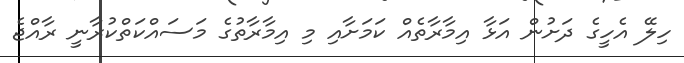
ހިލޭ އެހީގެ ދަށުން އަޅާ އިމާރާތެއް ކަމަށާއި މި އިމާރާތުގެ މަސައްކަތްކުރާނީ ރާއްޖެ